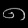
Digit: ၈